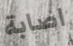
اصابة